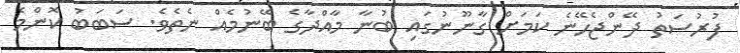
ފުރުސަތު ދޭންޖެހޭނެ ކަމަށް ގާނޫނުގައި ބުނާ މާއްދާގެ ބޭނުމެއް ނެތެވެ. ސަބަބު ކޮންމެ